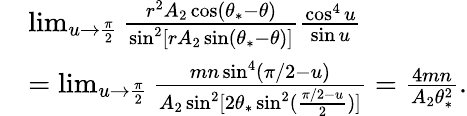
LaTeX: \begin{array}{rl}&{\operatorname*{lim}_{u\to\frac{\pi}{2}}\frac{r^{2}A_{2}\cos(\theta_{*}-\theta)}{\sin^{2}[rA_{2}\sin(\theta_{*}-\theta)]}\frac{\cos^{4}u}{\sin u}}\\ &{=\operatorname*{lim}_{u\to\frac{\pi}{2}}\frac{mn\sin^{4}(\pi/2-u)}{A_{2}\sin^{2}[2\theta_{*}\sin^{2}(\frac{\pi/2-u}{2})]}=\frac{4mn}{A_{2}\theta_{*}^{2}}.}\end{array}